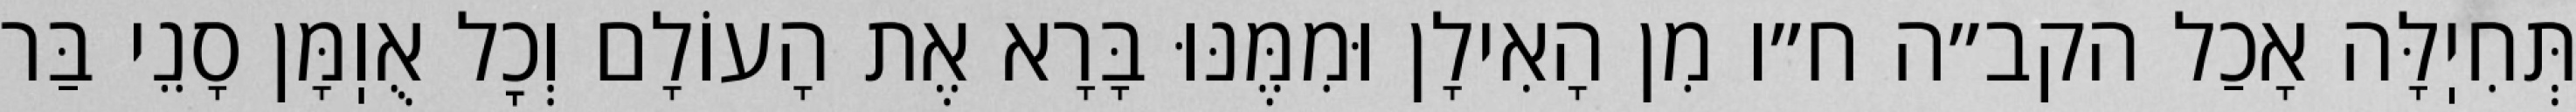
תְּחִיֽלָּה אָכַל הקב״ה ח״ו מִן הָאִילָן וּמִמֶּנּוּ בָּרָא אֶת הָעוֹלָם וְכׇל אֻוֽמָּן סָנֵי בַּר